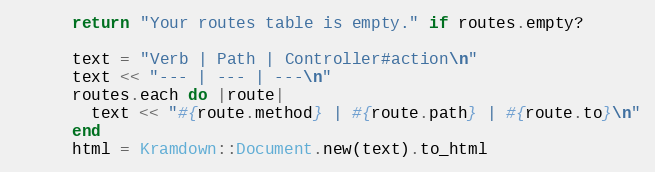
Language: Ruby
      return "Your routes table is empty." if routes.empty?

      text = "Verb | Path | Controller#action\n"
      text << "--- | --- | ---\n"
      routes.each do |route|
        text << "#{route.method} | #{route.path} | #{route.to}\n"
      end
      html = Kramdown::Document.new(text).to_html